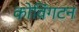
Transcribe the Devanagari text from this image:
कोविंगटन